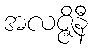
အလဇ္ဇိနီ